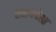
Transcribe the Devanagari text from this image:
सरायधेला